Calcutta medical institutions reports 1892-1900
Year: 1892
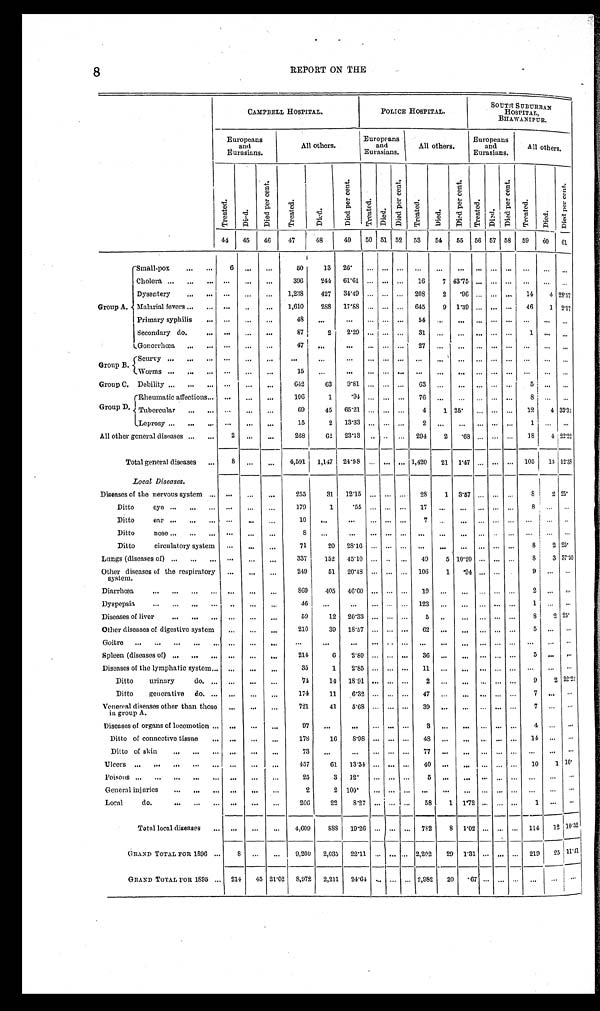
8
REPORT ON THE
CAMPBELL HOSPITAL.
_
POLICE HOSPITAL.
SOUTH SUBURBAN
HOSPITAL,
BHAWANIPUR.
Europeans
and
Eurasians.
All others.
Europeans
and
Eurasians.
All others.
Europeans
and
Eurasians.
All others.
T r e a t e d .
D i e d .
D i e d p e r c e n t
T r e a t e d .
D i e d .
D i e d p e r c e n t .
T r e a t e d .
D i e d .
D i e d p e r c e n t .
T r e a t e d .
D i e d .
D i e d p e r c e n t .
T r e a t e d .
D i e d .
D i e d p e r c e n t .
T r e a t e d .
D i e d .
Di e d p e r c e n t .
44
45
46
47
48
49
5 0 51 52
53
54
55
56 57 58
59
60
61
Group A.
Small-pox . . .
6
. . .
. . .
50
13
26.
. . .
. . .
. . .
. . .
. . .
. . .
. . .
. . .
. . .
. . .
. . .
. . .
Cholera . . .
. . .
. . .
. . .
396
244
61.61
. . .
. . .
. . . 16
7 43.75
. . . . . . . . .
. . .
. . .
. . .
Dysentery . . .
. . .
. . .
. . .
1,238
427
31.49 . . . . . . . . .
208
2
. 96 . . . . . .
. . .
1 4
4 28.57
Malarial fevers . . .
. . .
. . .
. . .
1,610
2 8 8
17.88
. . . . . .
. . .
645
9
1.39
. . . . . .
. . .
46
1 2.17
Primary syphilis . . .
. . .
. . .
. . .
48
. . .
. . .
. . .
. . .
. . .
5 4 .
. . .. . .
. . .
. . .
. . .
. . .
. . .. . .
Secondary do. . . .
. . .
. . .
. . .
87
2
2.29
. . .
. . .
. . .
3 1
. . .. . .
. . .
. . .
. . .
1 . . .
. . .
Gonorrhœa . . .
. . .
. . .
. . .
47
. . .
. . .
. . .
. . .
. . .
2 7 .
. . .. . .
. . .
. . .
. . .
. . .
. . . . . .
Group B.
Scurvy . . .
. . .
. . .
. . .
. . .
. . .
. . .
. . .
. . .
. . .
. . .
. . .
. . .
. . .
. . .
. . .
. . .
. . .
. . .
Worms . . .
. . .
. . .
. . .
15
. . .
. . .
. . .
. . .
. . .
. . .
. . .
. . .
. . .
. . .
. . .
. . .
. . . . . .
Group C. Debility . . .
. . .
. . .
. . .
642
63
9.81 . . .
. . .
. . .
63
. . .
. . .
. . . . . .
. . .
5
. . . . . .
Group D.
Rheumatic affections . . .
. . .
. . .
. . .
106
1
.94
. . .
. . .
. . .
7 6
. . . . . .
. . .
. . .
. . .
8
. . . . . .
Tubercular . . .
. . .
. . .
. . .
69
45
65.21
. . .
. . .
. . .
4
1 25.
. . . . . .
. . .
12
4 33.33
Leprosy . . .
. . .
. . .
. . .
15
2
13.33
. . .
. . .
. . .
2
. . .
. . .
. . . . . .
. . .
1
. . .. . .
All other general diseases . . .
2
. . .
. . .
268
6 2 23.13
. . .
. . .
. . . 294
2
. 68 . . .
. . .
. . .
18
4 22.22
Total general diseases . . .
8
. . .
. . .
4,591
1,147
24.98
. . . . . .
. . . 1,420
21
1.47 . . .
. . .
. . . 105
13 1 2 . 3 8
Local Diseases.
Diseases of the nervous system . . .
. . .
. . .
. . .
255
31
12.15
. . . . . .
. . .
28
1
3.57 . . .
. . .
. . .
8
2 25.
D i t t o e y e . . .
. . .
. . .
. . .
179
1
. 5 5
. . .. . .
. . .
1 7
. . . . . .
. . .
. . .
. . .
. . .
. . .. . .
D i t t o e a r . . .
. . .
. . .
. . .
10
. . .
. . .
. . . . . .
. . .
7
. . . . . .
. . . . . .
. . .
. . .
. . .
. . .
D i t t o n o s e . . .
. . .
. . .
. . .
8
. . .
. . .
. . .
. . . . . .
. . .
. . .
. . .
. . .
Ditto circulatory system
. . .
. . .
. . .
71
2 0
2 8 . 1 6
. . .. . .
. . .
. . .
. . .
. . . . . .
. . .
. . .
8
2 25.
Lungs (diseases of) . . .
. . .
. . .
. . .
337
152
45.10 . . .
. . . . . .
49
5 10.20 . . .
. . .
. . .
8
3 37.50
Other diseases of the respiratory
system.
. . .
. . .
. . .
249
51
20.18 . . . . . . . . .
106
1
. 9 4 . . .
. . .
9
. . .. . .
D i a r r h œ a . . .
. . .
. . .
. . .
869
405
46.60
. . .. . .
. . .
19
. . .
. . . . . .
. . .
. . .
2
. . . . . .
D y s p e p s i a . . .
. . .
. . .
. . .
46
. . .
. . .
. . .. . .
. . . 123
. . .
. . . . . .
. . . . . .
1
. . .. . .
Diseases of liver . . .
. . .
. . .
. . .
59
12
20.33 . . .
. . . . . .
5
. . .
. . . . . .
. . .
. . .
8
2 25.
Other diseases of digestive system
. . .
. . .
. . .
210
3 9
1 8 . 5 7
. . .. . .
. . .
6 2
. . .. . .
. . .
. . .
. . .
5
. . .. . .
Goitre . . .
. . .
. . .
. . .
. . .
. . .
. . .
. . .
. . .
. . .
. . .
. . .
. . .
. . .
. . .
. . .
. . .
. . .
. . .
Spleen (diseases of) . . .
. . .
. . .
. . .
214
6
2 . 8 0
. . .
. . .
. . .
3 6 . . .
. . .
. . .
. . .
. . .
5
. . .
. . .
Diseases of the lymphatic system . . .
. . .
. . .
. . .
35
1
2.85 . . .
. . . . . .
11 . . .
. . .
. . .
. . .
. . .
. . .
. . .
. . .
Di t t o uri nary do. . . .
. . .
. . .
. . .
74
14
18.91 . . . . . .
. . .
2
. . .
. . .
. . .
. . .
. . .
9
2 22.21
Ditto generative do. . . .
. . .
. . .
. . .
174
1 1
6 . 3 2
. . .
. . .
. . .
4 7
. . .
. . .
. . .
. . .
. . .
7
. . .
. . .
Venereal diseases other than those
in group A.
. . .
. . .
. . .
721
41
5.68 . . .
. . . . . .
39
. . .
. . .
. . . . . .
. . .
7
. . .
. . .
Diseases of organs of locomotion . . .
. . .
. . .
. . .
97
. . .
. . .
. . .
. . .
. . .
3
. . .
. . .
. . .
. . .
. . .
4
. . .
. . .
Ditto of connective tissue . . .
. . .
. . .
. . .
178
16
8.98 . . .
. . . . . .
48
. . .
. . .
. . . . . . . . .
1 4
. . .
. . .
Ditto of skin . . .
. . .
. . .
. . .
73
. . .
. . . . . .
. . .
. . .
7 7
. . .
. . .
. . .
. . .
. . .
. . .
. . .
. . .
Ulcers . . .
. . .
. . .
. . .
457
6 1
1 3 . 3 4
. . .
. . .
. . .
4 0
. . .
. . .
. . .
. . .
. . .
10
1 1 0 .
P o i s o u s . . .
. . .
. . .
. . .
25
3
12.
. . . . . . . . .
5 . . .
. . .
. . .
. . .
. . .
. . .
. . .
. . .
General injuries . . .
. . .
. . .
. . .
2
2 100.
. . .
. . .
. . .
. . .
. . .
. . .
. . . . . .
. . .
. . .
. . .
. . .
Local do. . . .
. . .
. . .
. . .
266
22
8.27 . . . . . .
. . .
58
1
1.72 . . .
. . . . . .
1
. . .
. . .
Total local diseases . .
. . .
. . .
. . .
4,609
8 8 8 19.26 . . .
. . .
. . .
782
8
1.02 . . .
. . .
. . .
114
12 10.52
GRAND TOTAL FOR 1896 . . .
8
. . .
. . .
9,200
2,035
22.11 . . . . . . . . . 2,202
29 1. 31
. . .
. . .
. . .
219
25 11.41
GRAND TOTAL F0R 1895 . . .
214
45 21.02
8,972
2,211
24.61 . . . . . .
. . . 2,982
20
. 6 7 . . .
. . .
. . . . . .
. . .
. . .